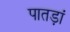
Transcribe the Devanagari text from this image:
पातड़ां